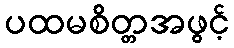
ပထမစိတ္တအဖွင့်